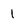
Character: 1